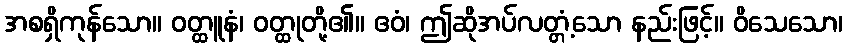
အစရှိကုန်သော။ ဝတ္ထူနံ၊ ဝတ္ထုတို့၏။ ဧဝံ၊ ဤဆိုအပ်လတ္တံ့သော နည်းဖြင့်။ ဝိသေသော၊